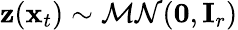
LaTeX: \mathbf z(\mathbf x_{t})\sim\mathcal{MN}(\mathbf 0,\mathbf I_{r})